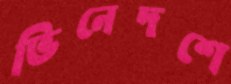
ভিনেদশে